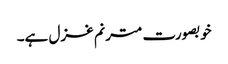
خوبصورت مترنم غزل ہے۔